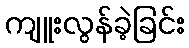
ကျူးလွန်ခဲ့ခြင်း